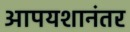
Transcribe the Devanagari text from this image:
आपयशानंतर